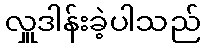
လှူဒါန်းခဲ့ပါသည်